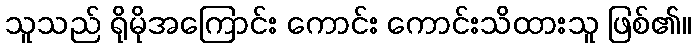
သူသည် ရိုမိုအကြောင်း ကောင်း ကောင်းသိထားသူ ဖြစ်၏။